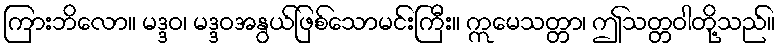
ကြားဘိလော။ မဒ္ဒဝ၊ မဒ္ဒဝအနွယ်ဖြစ်သောမင်းကြီး။ ဣမေသတ္တာ၊ ဤသတ္တဝါတို့သည်။